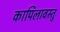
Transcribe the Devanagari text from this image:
कापिलावस्तु